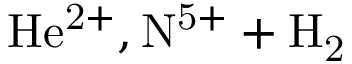
\mathrm { H e ^ { 2 + } , N ^ { 5 + } + H _ { 2 } }